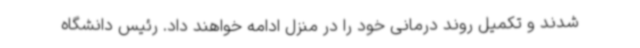
شدند و تکمیل روند درمانی خود را در منزل ادامه خواهند داد. رئیس دانشگاه